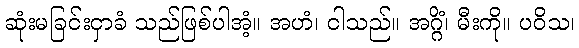
ဆုံးမခြင်းငှာခံ သည်ဖြစ်ပါအံ့။ အဟံ၊ ငါသည်။ အဂ္ဂိံ၊ မီးကို။ ပဝိသ၊